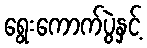
ရွေးကောက်ပွဲနှင့်